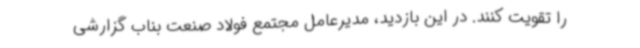
را تقویت کنند. در این بازدید، مدیرعامل مجتمع فولاد صنعت بناب گزارشی